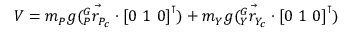
V = m _ { P } g ( \vec { { } _ { P } ^ { G } r _ { P _ { c } } } \cdot { [ 0 \mathrm { ~ } 1 \mathrm { ~ } 0 ] } ^ { \intercal } ) + m _ { Y } g ( \vec { { } _ { Y } ^ { G } r _ { Y _ { c } } } \cdot { [ 0 \mathrm { ~ } 1 \mathrm { ~ } 0 ] } ^ { \intercal } )